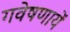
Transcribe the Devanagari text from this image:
गवेषणायें